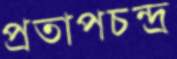
প্রতাপচন্দ্র